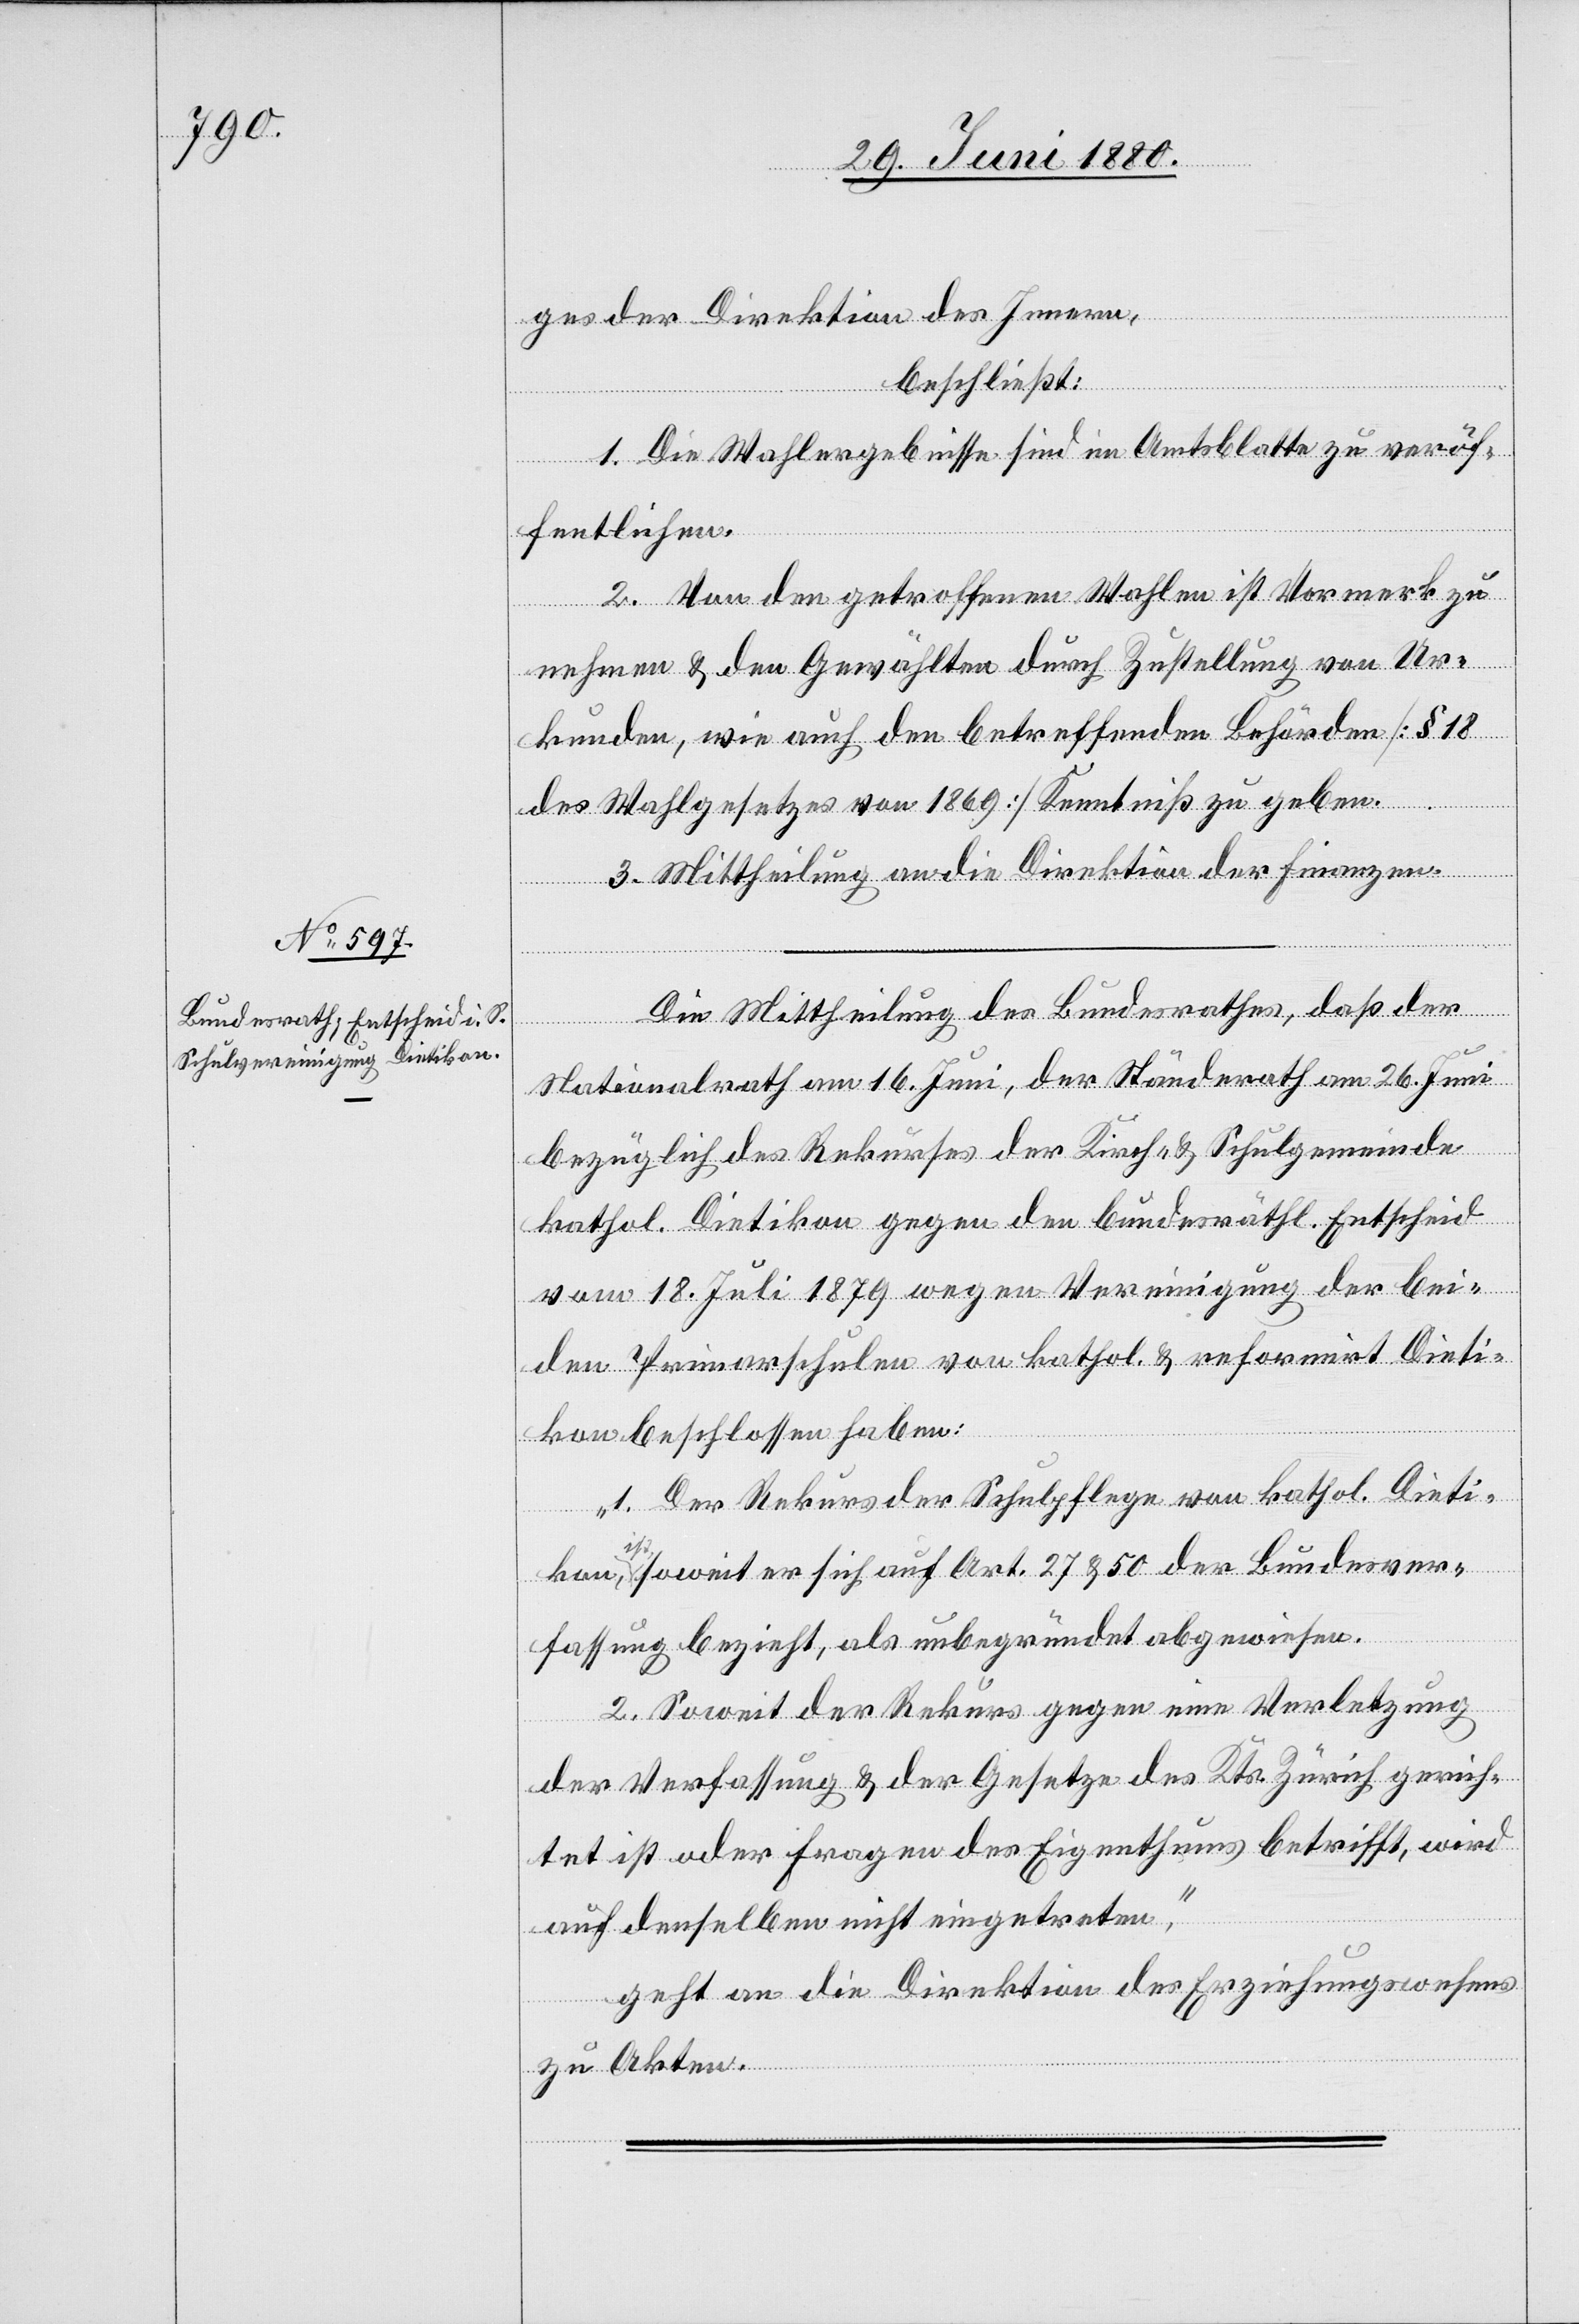
1. Juli 1880.]
ges der Direktion des Innern,
beschließt:
1. Die Wahlergebnisse sind im Amtsblatte zu veröf¬
fentlichen.
2. Von den getroffenen Wahlen ist Vormerk zu
nehmen & den Gewählten durch Zustellung von Ur¬
kunden, wie auch den betreffenden Behörden [§ 18
des Wahlgesetzes von 1869] Kenntniß zu geben.
3. Mittheilung an die Direktion der Finanzen.
Die Mittheilung des Bundesrathes, daß der
Nationalrath am 16. Juni, der Ständerath am 26. Juni,
bezüglich des Rekurses der Kirch- & Schulgemeinde
kathol. Dietikon gegen den bundesräthl. Entscheid
vom 18. Juli 1879 wegen Vereinigung der bei¬
den Primarschulen von kathol. & reformirt Dieti¬
kon beschlossen habe:
„1. Der Rekurs der Schulpflege von kathol. Dieti¬
kon,
is¬
t, soweit er sich auf Art. 27 & 50 der Bundesver¬
fassung bezieht, als unbegründet abgewiesen.
2. Soweit der Rekurse gegen eine Verletzung
der Verfassung & der Gesetzes des Kts. Zürich gerich¬
tet ist oder Fragen des Eigenthums betrifft, wird
auf denselben nicht eingetreten,“
geht an die Direktion des Erziehungswesens
zu Akten.